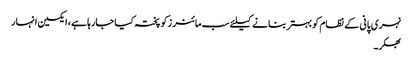
نہری پانی کے نظام کو بہتر بنا نے کیلئے سب مائنر زکو پختہ کیا جارہا ہے، ایکسین انہار
بھکر۔